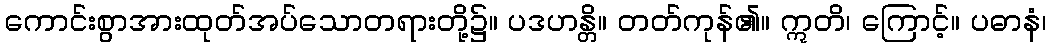
ကောင်းစွာအားထုတ်အပ်သောတရားတို့၌။ ပဒဟန္တိ။ တတ်ကုန်၏။ ဣတိ၊ ကြောင့်။ ပဓာနံ၊